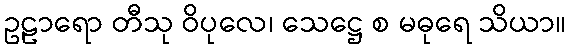
ဥဠာရော တီသု ဝိပုလေ၊ သေဋ္ဌေ စ မဓုရေ သိယာ။